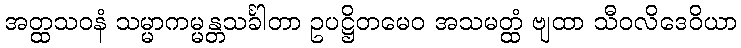
အတ္ထသဝနံ သမ္မာကမ္မန္တသင်္ခါတာ ဥပဋ္ဌိတမေဝ အသမတ္ထံ ဗျထာ သီဝလိဒေဝိယာ